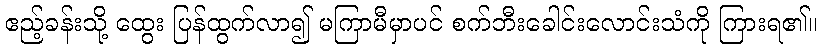
ဧည့်ခန်းသို့ ထွေး ပြန်ထွက်လာ၍ မကြာမီမှာပင် စက်ဘီးခေါင်းလောင်းသံကို ကြားရ၏။